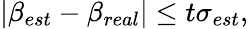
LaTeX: \left|\beta_{est}-\beta_{real}\right|\leq t\sigma_{est},